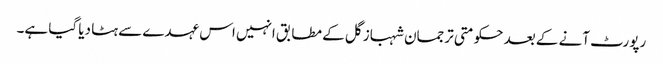
رپورٹ آنے کے بعد حکومتی ترجمان شہباز گل کے مطابق انہیں اس عہدے سے ہٹا دیا گیا ہے۔